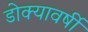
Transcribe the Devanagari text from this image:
डोक्यावर्षी